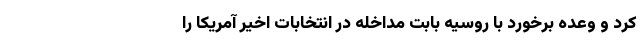
کرد و وعده برخورد با روسیه بابت مداخله در انتخابات اخیر آمریکا را